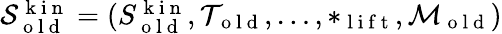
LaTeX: \begin{array}{r}{\mathcal{S}_{\mathrm{~o~l~d~}}^{\mathrm{~k~i~n~}}=(S_{\mathrm{~o~l~d~}}^{\mathrm{~k~i~n~}},\mathcal{T}_{\mathrm{~o~l~d~}},\dots,*_{\mathrm{~l~i~f~t~}},\mathcal{M}_{\mathrm{~o~l~d~}})}\end{array}